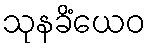
သုနခိံယေဝ